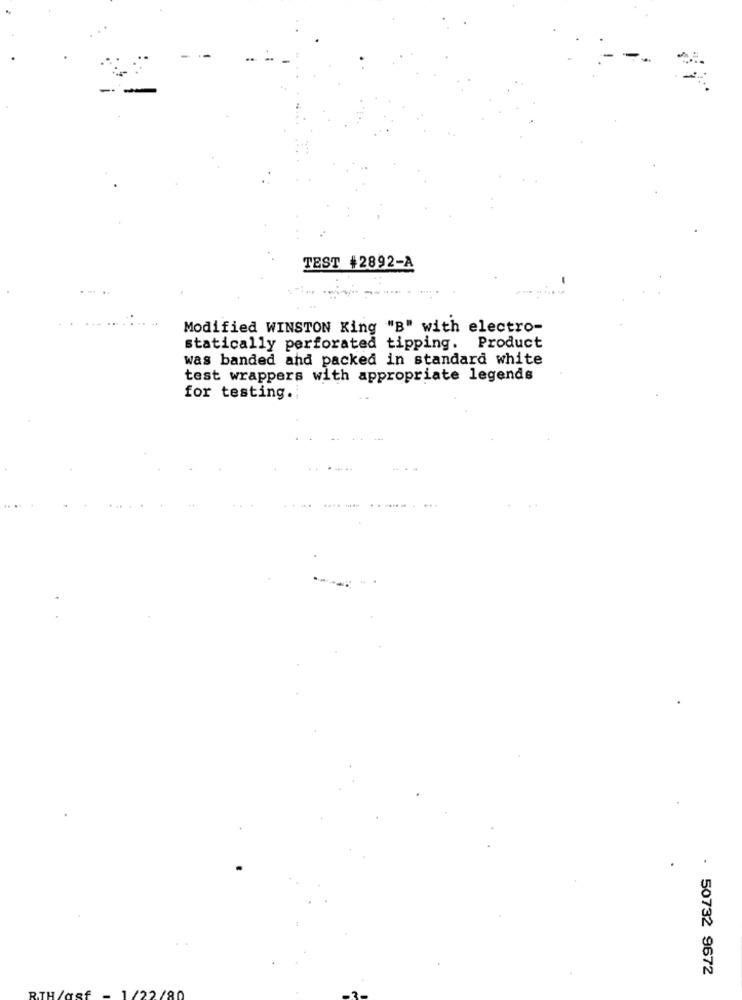
TEST #2892-A
Modified WINSTON King "B" with electro-
statically perforated tipping. Product
was banded and packed in standard white
test wrappers with appropriate legends
for testing.
.....
. 50732 9672
RTH /asf
1/22 /80